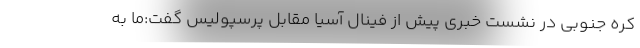
کره جنوبی در نشست خبری پیش از فینال آسیا مقابل پرسپولیس گفت:ما به